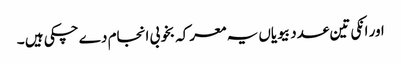
اور انکی تین عدد بیویاں یہ معرکہ بخوبی انجام دے چکی ہیں ۔